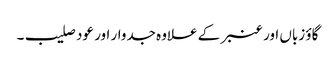
گاؤ زباں اور عنبر کے علاوہ جدوار اور عود صلیب۔